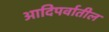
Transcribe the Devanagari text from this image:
आदिपर्वातील